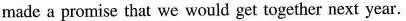
made a promise that we would get together next year.